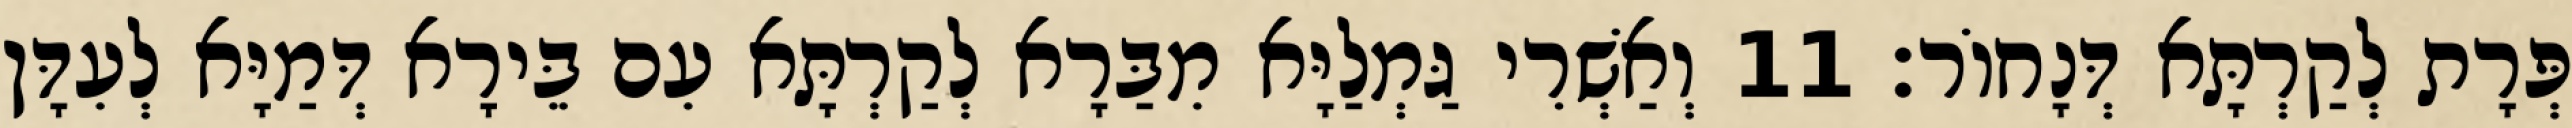
פְּרָת לְקַרְתָּא דְּנָחוֹר׃ 11 וְאַשְׁרִי גַּמְלַיָּא מִבַּרָא לְקַרְתָּא עִם בֵּירָא דְּמַיָּא לְעִדָּן